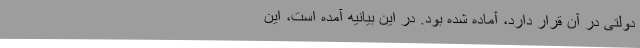
دولتی در آن قرار دارد، آماده شده بود. در این بیانیه آمده است، این